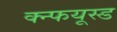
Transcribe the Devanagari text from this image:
क्न्फयूस्ड